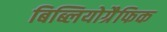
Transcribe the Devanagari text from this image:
बिब्लियोग्रैफिक